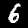
Label: 6